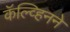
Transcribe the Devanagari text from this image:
कॅल्व्हिनने